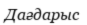
Дағдарыс